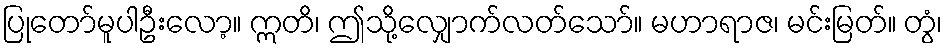
ပြုတော်မူပါဦးလော့။ ဣတိ၊ ဤသို့လျှောက်လတ်သော်။ မဟာရာဇ၊ မင်းမြတ်။ တွံ၊